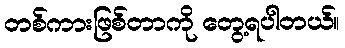
တစ်ကားဖြစ်တာကို တွေ့ရပါတယ်။